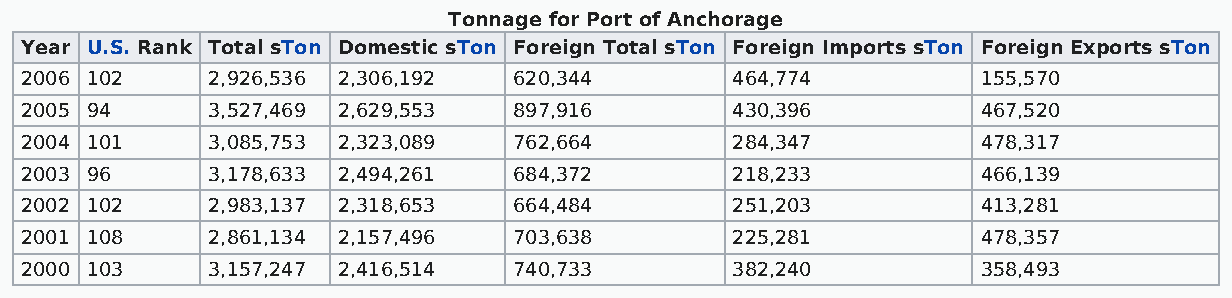
Tonnage for Port of Anchorage
 Year U.S. Rank Total sTon Domestic sTon Foreign Total sTon Foreign Imports sTon Foreign Exports sTon
 2006 102     2,926,536 2,306,192 620,344       464,774          155,570
 2005 94      3,527,469 2,629,553 897,916       430,396          467,520
 2004 101     3,085,753 2,323,089 762,664       284,347          478,317
 2003 96      3,178,633 2,494,261 684,372       218,233          466,139
 2002 102     2,983,137 2,318,653 664,484       251,203          413,281
 2001 108     2,861,134 2,157,496 703,638       225,281          478,357
 2000 103     3,157,247 2,416,514 740,733       382,240          358,493